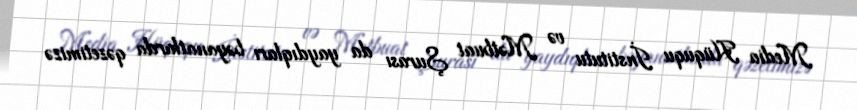
Media Hüququ İnstitutu və Mətbuat Şurası da yaydıqları bəyanatlarda qəzetimizə